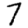
Digit: 7